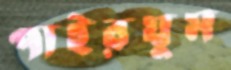
পাইরযুম